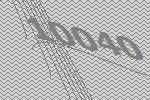
10040